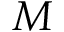
M